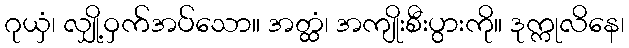
ဂုယှံ၊ လျှို့ဝှက်အပ်သော။ အတ္ထံ၊ အကျိုးစီးပွားကို။ ဒုက္ကုလိနေ၊